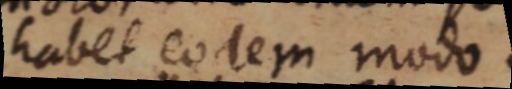
habet eodem modo